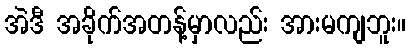
အဲဒီ အခိုက်အတန့်မှာလည်း အားမကျဘူး။